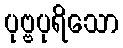
ပုဗ္ဗပုရိသော